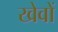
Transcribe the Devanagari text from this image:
खेवों